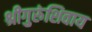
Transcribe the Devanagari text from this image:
श्रीगुरुंशिवाय